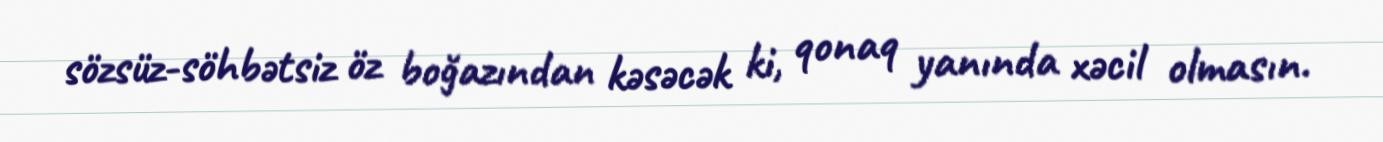
sözsüz-söhbətsiz öz boğazından kəsəcək ki, qonaq yanında xəcil olmasın.